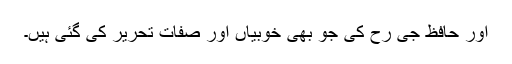
اور حافظ جی رح کی جو بھی خوبیاں اور صِفات تحریر کی گئی ہیں۔